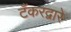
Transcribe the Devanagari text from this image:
टँकरद्वारे